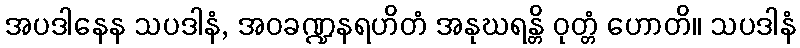
အပဒါနေန သပဒါနံ, အဝခဏ္ဍနရဟိတံ အနုဃရန္တိ ဝုတ္တံ ဟောတိ။ သပဒါနံ